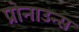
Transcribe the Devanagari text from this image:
प्रोनाउन्स